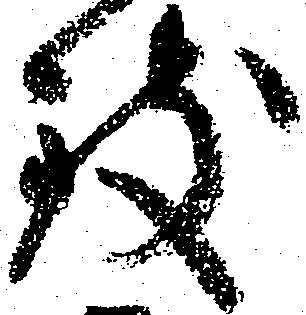
致